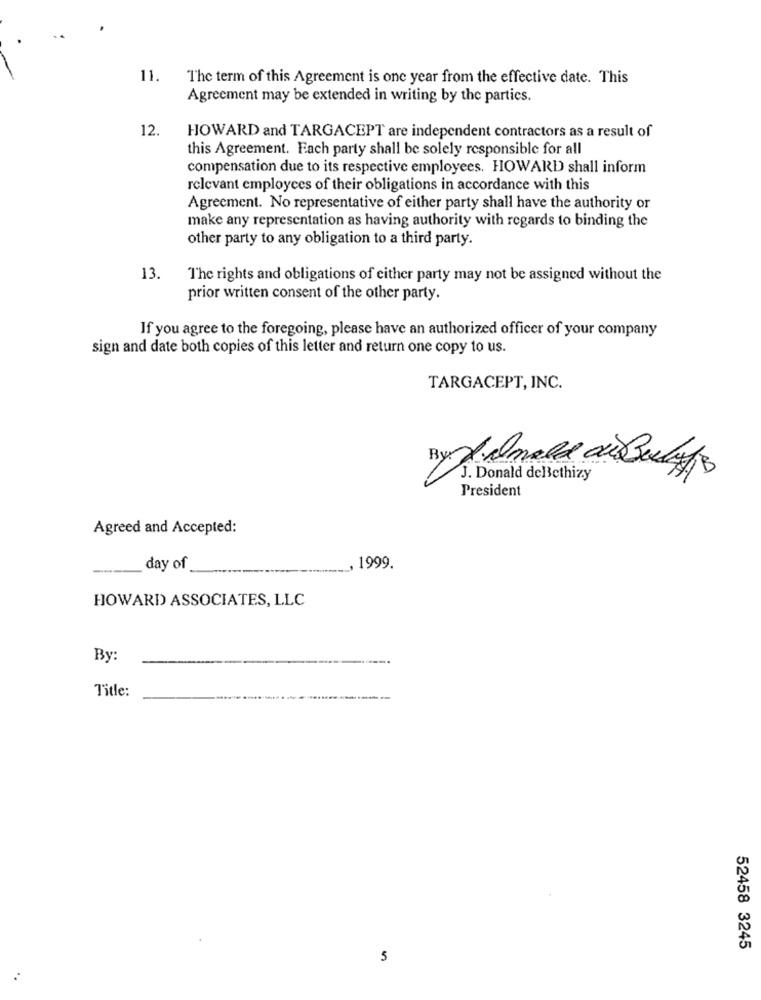
11.
The term of this Agreement is one year from the effective date. This
Agreement may be extended in writing by the partics.
12.
HOWARD and TARGACEPT are independent contractors as a result of
this Agreement. Each party shall be solely responsible for all
compensation due to its respective employees. HOWARD shall inform
relevant employees of their obligations in accordance with this
Agreement. No representative of either party shall have the authority or
make any representation as having authority with regards to binding the
other party to any obligation to a third party.
13.
The rights and obligations of either party may not be assigned without the
prior written consent of the other party.
If you agree to the foregoing, please have an authorized officer of your company
sign and date both copies of this letter and return one copy to us.
TARGACEPT, INC.
J. Donald delethizy
President
Agreed and Accepted:
day of
1999
HOWARD ASSOCIATES, LLC
By:
Title:
52458 3245
5